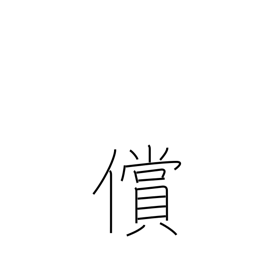
Meaning: recompense